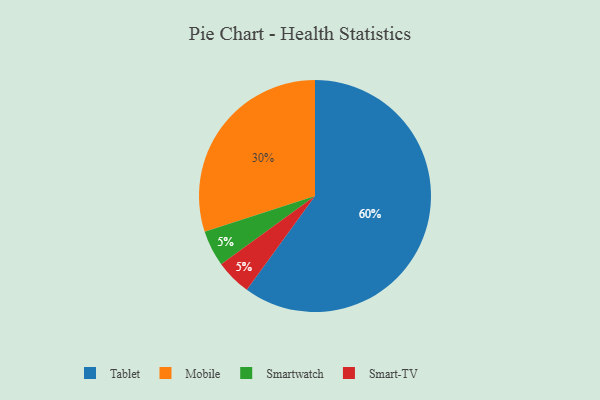
{"axis": {"x": "Category", "y": "Percentage"}, "legend": ["Mobile", "Smart-TV", "Smartwatch", "Tablet"], "data": [{"x": "Tablet", "y": 60, "type": "Tablet"}, {"x": "Smartwatch", "y": 5, "type": "Smartwatch"}, {"x": "Mobile", "y": 30, "type": "Mobile"}, {"x": "Smart-TV", "y": 5, "type": "Smart-TV"}]}